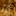
أوه